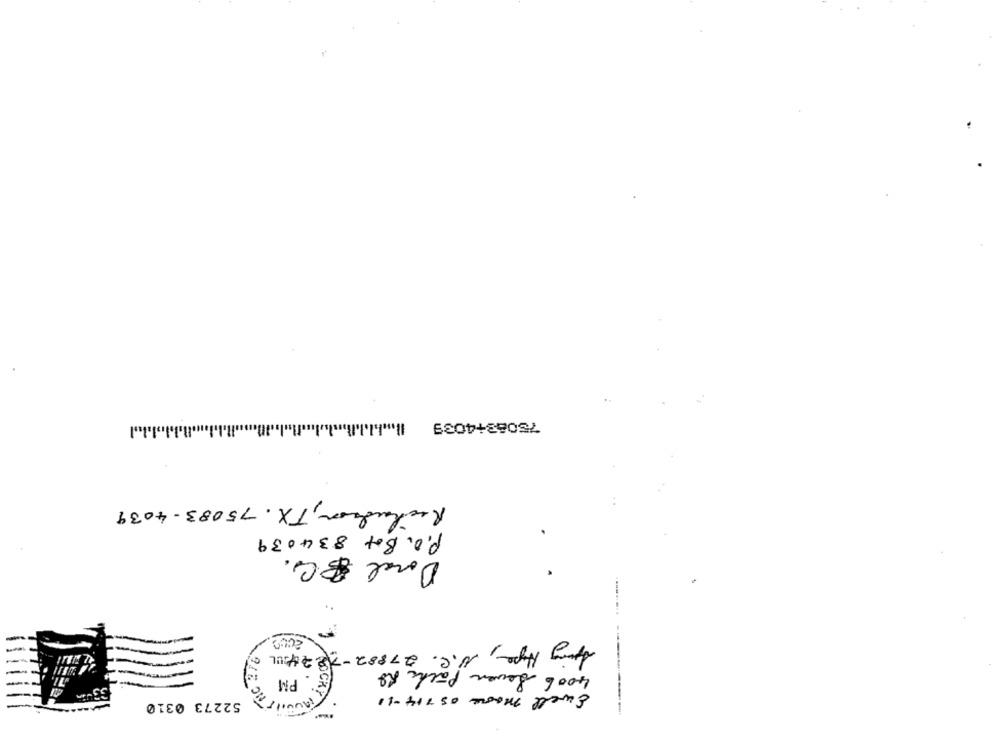
75083+4039
Richardson, TX. 75083-4039
P.O. Box 834039
00
Spring Hope, N. C. 27882-7224UL
4006 Seven Packs Ro
PM
ROCKY
Ewell moore 05 714-11
52273 0310
----